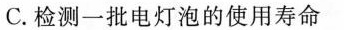
C.检测一批电灯泡的使用寿命